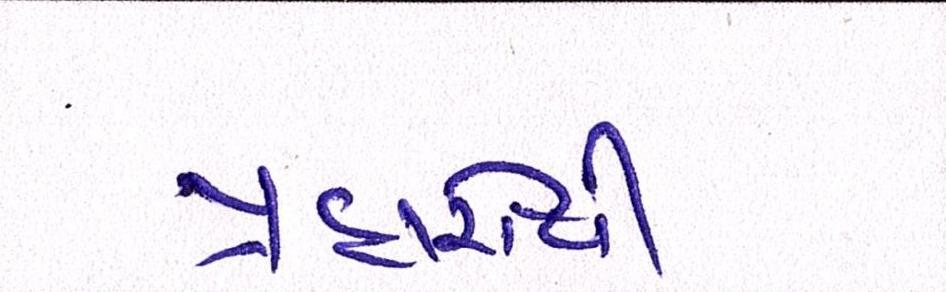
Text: પ્રહારોથી